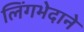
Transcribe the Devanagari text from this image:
लिंगभेदाने